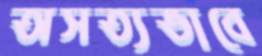
অসত্যভাবে